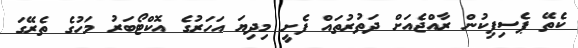
ކެތޭ ޕެސިފިކުން ރާއްޖެއަށް ދަތުރުތައް ފެށީ މިދިޔަ އަހަރުގެ އޮކްޓޯބަރު މަހުގެ ތެރޭގަ